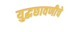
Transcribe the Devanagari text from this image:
युद्धछावणीचे